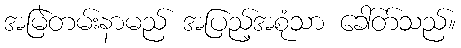
အမြဲတမ်းနာမည် အပြည့်အစုံသာ ခေါ်တ်သည်။